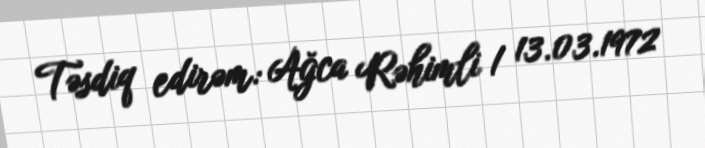
Təsdiq edirəm: Ağca Rəhimli / 13.03.1972